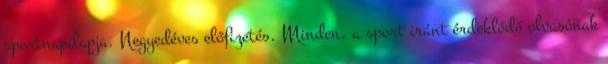
sportnapilapja. Negyedéves előfizetés. Minden, a sport iránt érdeklődő olvasónak